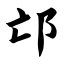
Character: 邙